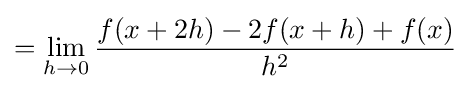
=\lim _{h\to 0}{\frac {f(x+2h)-2f(x+h)+f(x)}{h^{2}}}